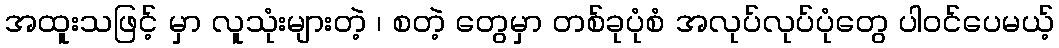
အထူးသဖြင့် မှာ လူသုံးများတဲ့ ၊ စတဲ့ တွေမှာ တစ်ခုပုံစံ အလုပ်လုပ်ပုံတွေ ပါဝင်ပေမယ့်